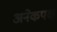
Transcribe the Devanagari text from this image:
अनेकपक्ष